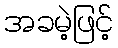
အခမဲ့ဖြင့်